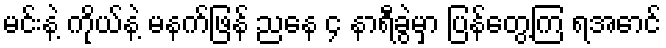
မင်းနဲ့ ကိုယ်နဲ့ မနက်ဖြန် ညနေ ၄ နာရီခွဲမှာ ပြန်တွေ့ကြ ရအောင်